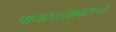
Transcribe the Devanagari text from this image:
पायरस्त्यावरून